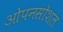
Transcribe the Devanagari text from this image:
ओपनसोशल